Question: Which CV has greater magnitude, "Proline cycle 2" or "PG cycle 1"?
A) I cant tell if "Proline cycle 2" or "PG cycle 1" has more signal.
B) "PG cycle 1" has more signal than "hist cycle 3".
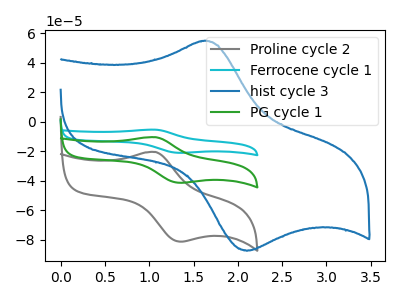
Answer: <think>The gray curve "Proline cycle 2" has an anodic peak at (1.05V, -20.45uA) and a cathodic peak at (1.35V, -81.25uA). The cyan curve "Ferrocene cycle 1" has an anodic peak at (1.05V, -20.80uA) and a cathodic peak at (1.35V, -82.65uA). The blue curve "hist cycle 3" has an anodic peak at (1.60V, 54.90uA) and a cathodic peak at (2.10V, -87.45uA). The green curve "PG cycle 1" has an anodic peak at (1.05V, -10.40uA) and a cathodic peak at (1.35V, -41.35uA).
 All the peaks in "Proline cycle 2" have a peak in "PG cycle 1" at the same potential.</think>
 <answer>A) I cant tell if "Proline cycle 2" or "PG cycle 1" has more signal.</answer>
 <eval>A</eval>